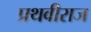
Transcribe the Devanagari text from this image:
प्रथवीराज